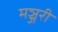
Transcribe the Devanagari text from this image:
मञ्जरी